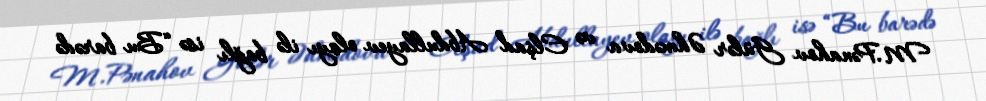
M.Pənahov Gülər Əhmədova və Elşad Abdullayev olayı ilə bağlı isə “Bu barədə